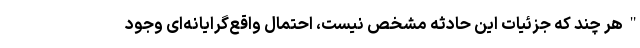
"هر چند که جزئیات این حادثه مشخص نیست، احتمال واقع‌گرایانه‌ای وجود